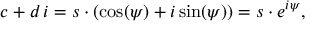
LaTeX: c + d \, i = s \cdot ( \cos ( \psi ) + i \sin ( \psi ) ) = s \cdot e ^ { i \psi } ,